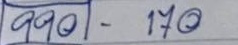
990 - 170